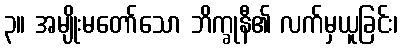
၃။ အမျိုးမတော်သော ဘိက္ခုနီ၏ လက်မှယူခြင်း၊